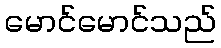
မောင်မောင်သည်